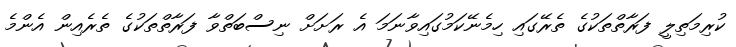
ކުރިމަތިލީ ފަރާތްތަކުގެ ތެރޭގައި ހިމެނޭކަމުގައިވާނަމަ އެ ރަށަށް ނިސްބަތްވާ ފަރާތްތަކުގެ ތެރެއިން އެންމެ